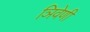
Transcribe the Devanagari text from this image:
ञिवेणी